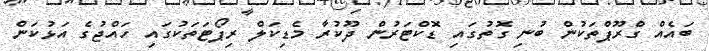
ބައެއް ގްރޫޕްތަކުން ބުނި ގޮތުގައި ޑޮކްޓަރުން ދޫކުރާ މެޑިކަލް ރިޕޯޓަތަކުގައި ހައްޖުގެ އަޅުކަން